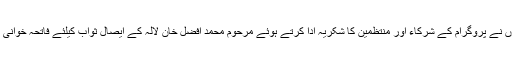
انہوں نے پروگرام کے شرکاء اور منتظمین کا شکریہ ادا کرتے ہوئے مرحوم محمد افضل خان لالہ کے ایصال ثواب کیلئے فاتحہ خوانی کی۔